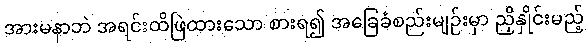
အားမနာဘဲ အရင်းထိဖြဲထားသော စားရ၍ အခြေခံစည်းမျဉ်းမှာ ညှိနှိုင်းမည့်